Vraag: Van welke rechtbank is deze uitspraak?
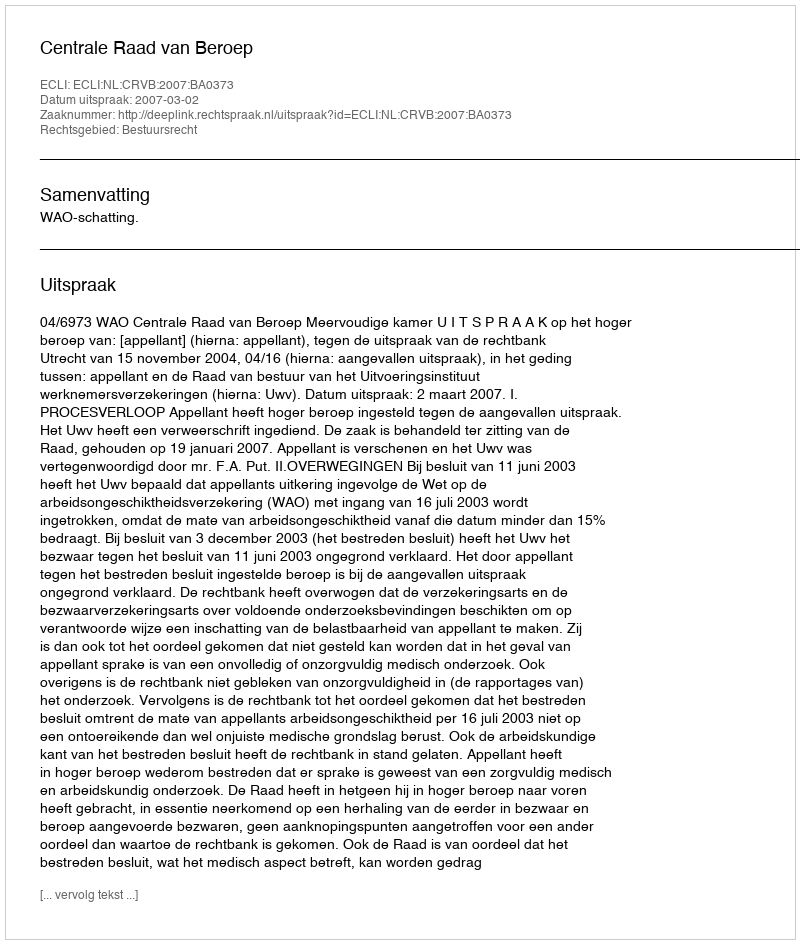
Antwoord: Centrale Raad van Beroep